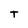
Character: T